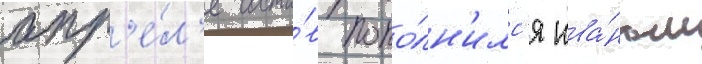
апр'е́л'е соста́в попо́лн'илс'я ива́ном